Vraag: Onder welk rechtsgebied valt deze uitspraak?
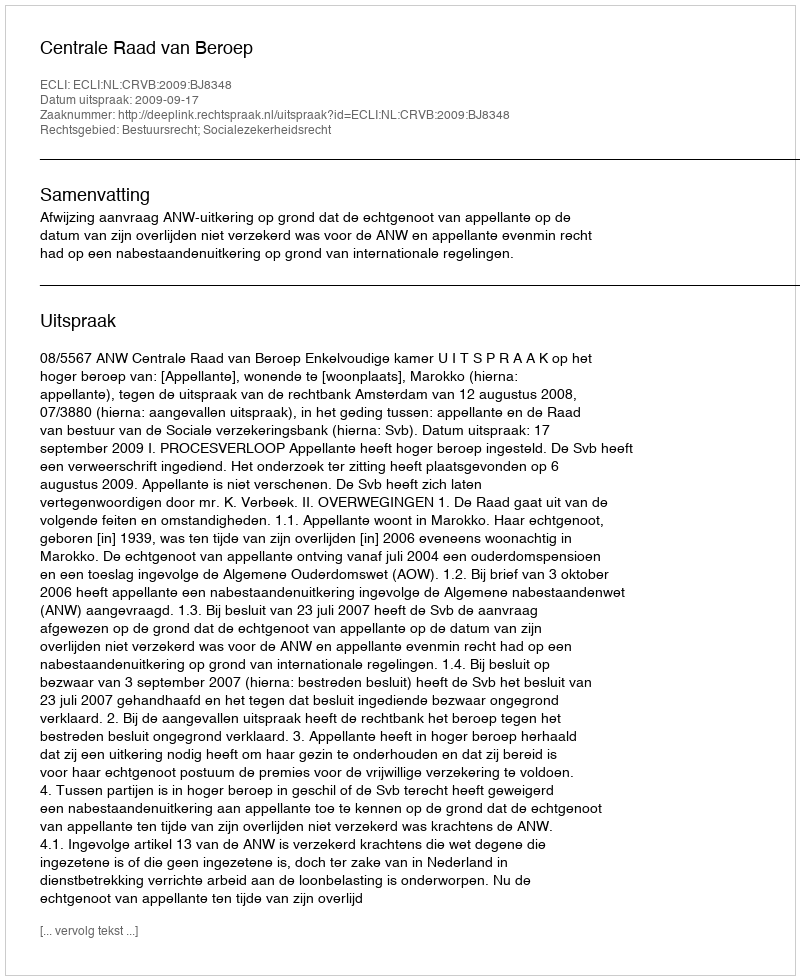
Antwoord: Bestuursrecht; Socialezekerheidsrecht